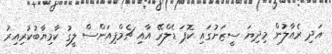
އަދި ރެއާލުން މިދިޔަ ސީޒަނުގައި ކޮޕަ ޑެލްރޭ އާއި ޗެމްޕިއަންސް ލީގު ކާމިޔާބުކުރިއިރު